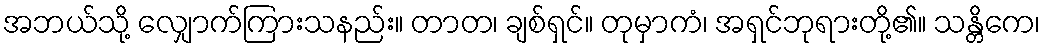
အဘယ်သို့ လျှောက်ကြားသနည်း။ တာတ၊ ချစ်ရှင်။ တုမှာကံ၊ အရှင်ဘုရားတို့၏။ သန္တိကေ၊